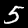
Digit: 5